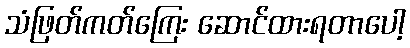
သံဖြတ်ကတ်ကြေး ဆောင်ထားရတာပေါ့